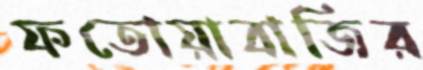
ফতোয়াবাজির